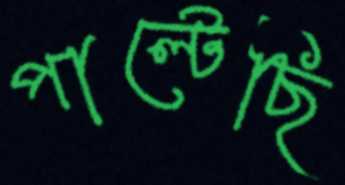
পাল্‌টেছি